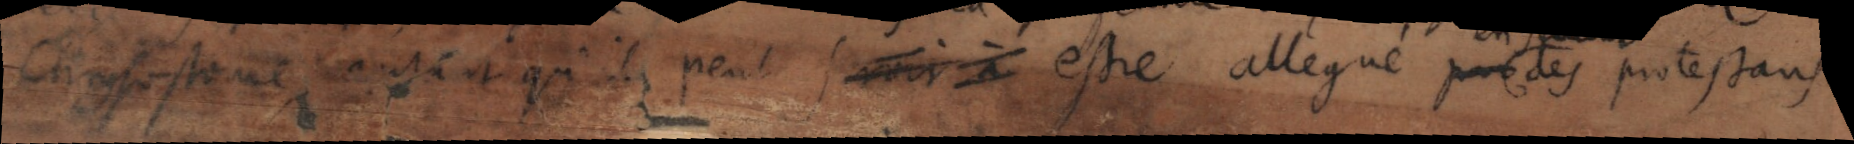
Chrysostome _ et qu’ils peut _ à estre allegué par des protestans